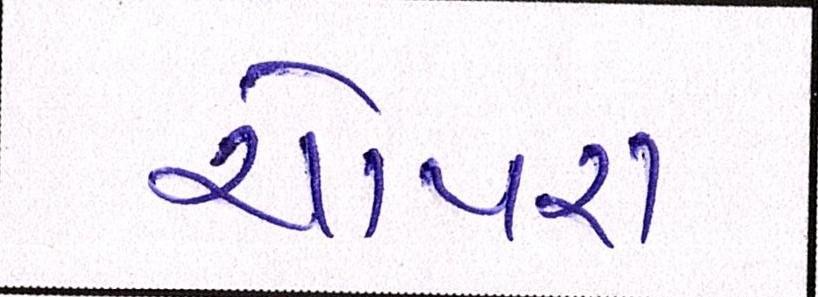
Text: ચોપરા